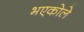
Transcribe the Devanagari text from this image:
भएकोले